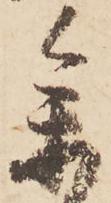
参